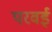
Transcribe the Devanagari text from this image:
परवई